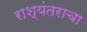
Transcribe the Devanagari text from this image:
राश्यंतराचा